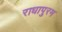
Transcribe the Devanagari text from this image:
राधापुरम